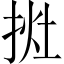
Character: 𢭭